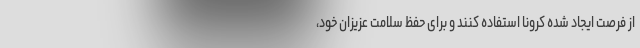
از فرصت ایجاد شده کرونا استفاده کنند و برای حفظ سلامت عزیزان خود،